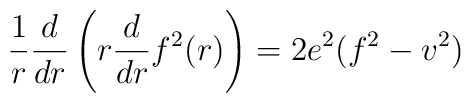
\frac{1}{r}\frac{d}{dr}\left(r \frac{d}{dr} f^2(r)\right)=2 e^2 (f^2-v^2)